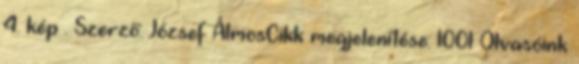
4. kép . Szerző: József ÁlmosCikk megjelenítése: 1001 Olvasóink